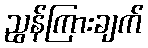
ညွန်ကြားချက်